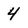
Character: 4